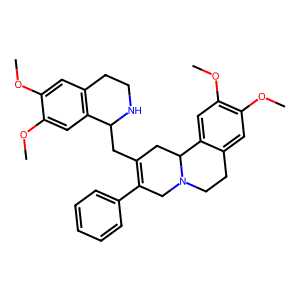
SMILES: COc1cc2c(cc1OC)C(CC1=C(c3ccccc3)CN3CCc4cc(OC)c(OC)cc4C3C1)NCC2
Inhibits HIV replication: No